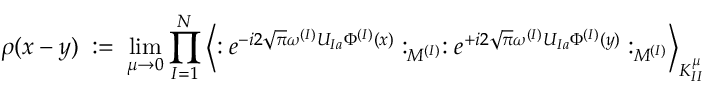
\rho ( x - y ) \; : = \; \operatorname * { l i m } _ { \mu \rightarrow 0 } \prod _ { I = 1 } ^ { N } \left\langle : e ^ { - i 2 \sqrt { \pi } \omega ^ { ( I ) } U _ { I a } \Phi ^ { ( I ) } ( x ) } : _ { M ^ { ( I ) } } : e ^ { + i 2 \sqrt { \pi } \omega ^ { ( I ) } U _ { I a } \Phi ^ { ( I ) } ( y ) } : _ { M ^ { ( I ) } } \right\rangle _ { K _ { I I } ^ { \mu } }